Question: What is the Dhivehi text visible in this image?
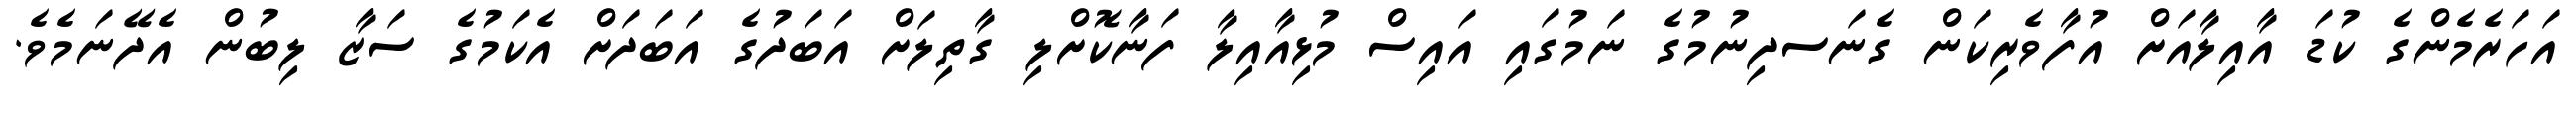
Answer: އަހަރެމެންގެ ކުޑަ އާއިލާއަށް އުފާވެރިކަން ގެނަސދިނުމުގެ ނަމުގައި އައިސް މުޅިއާއިލާ ފަނާކޮށްލި ގާތިލަށް އަބަދުގެ އަބަދަށް އެކަމުގެ ސަޒާ ލިބުން އެދޭނަމެވެ.